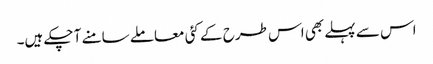
اس سے پہلے بھی اس طرح کے کئی معاملے سامنے آ چکے ہیں۔